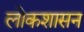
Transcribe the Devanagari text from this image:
लोकशासन